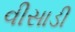
વીસાડી